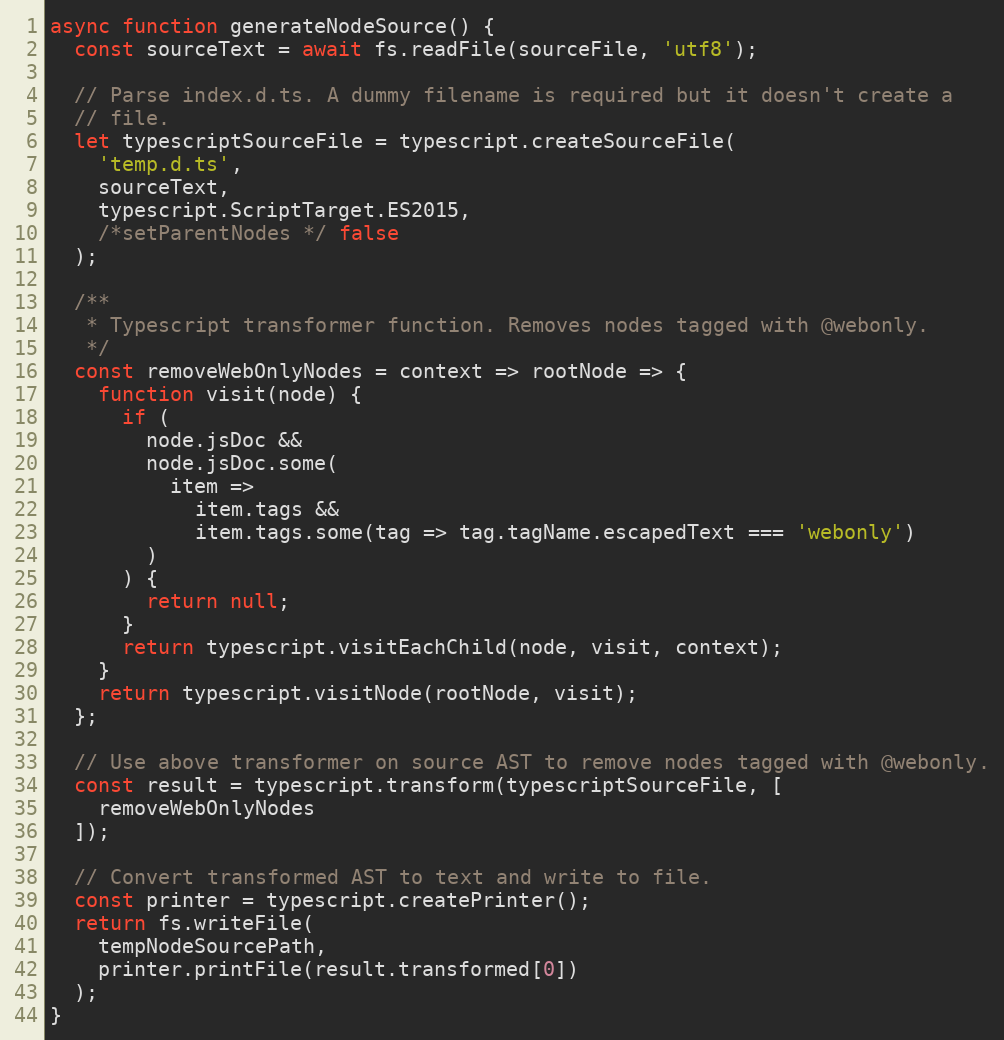
Language: JavaScript
async function generateNodeSource() {
  const sourceText = await fs.readFile(sourceFile, 'utf8');

  // Parse index.d.ts. A dummy filename is required but it doesn't create a
  // file.
  let typescriptSourceFile = typescript.createSourceFile(
    'temp.d.ts',
    sourceText,
    typescript.ScriptTarget.ES2015,
    /*setParentNodes */ false
  );

  /**
   * Typescript transformer function. Removes nodes tagged with @webonly.
   */
  const removeWebOnlyNodes = context => rootNode => {
    function visit(node) {
      if (
        node.jsDoc &&
        node.jsDoc.some(
          item =>
            item.tags &&
            item.tags.some(tag => tag.tagName.escapedText === 'webonly')
        )
      ) {
        return null;
      }
      return typescript.visitEachChild(node, visit, context);
    }
    return typescript.visitNode(rootNode, visit);
  };

  // Use above transformer on source AST to remove nodes tagged with @webonly.
  const result = typescript.transform(typescriptSourceFile, [
    removeWebOnlyNodes
  ]);

  // Convert transformed AST to text and write to file.
  const printer = typescript.createPrinter();
  return fs.writeFile(
    tempNodeSourcePath,
    printer.printFile(result.transformed[0])
  );
}